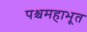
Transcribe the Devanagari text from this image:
पश्चमहाभूत